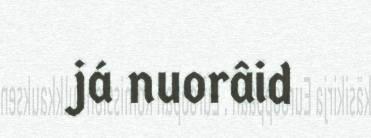
já nuorâid